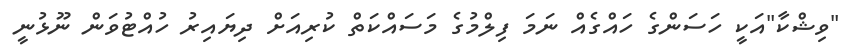
"ވިޝްކާ"އަކީ ހަސަންގެ ހައްގެއް ނަމަ ފިލްމުގެ މަސައްކަތް ކުރިއަށް ދިޔައިރު ހުއްޓުވަން ނޫޅުނީ